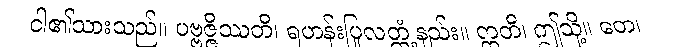
ငါ၏သားသည်။ ပဗ္ဗဇ္ဇိဿတိ၊ ရဟန်းပြုလတ္တံ့နည်း။ ဣတိ၊ ဤသို့။ တေ၊